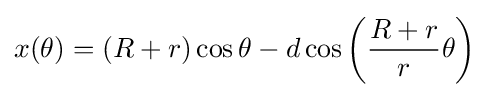
x(\theta )=(R+r)\cos \theta -d\cos \left({R+r \over r}\theta \right)